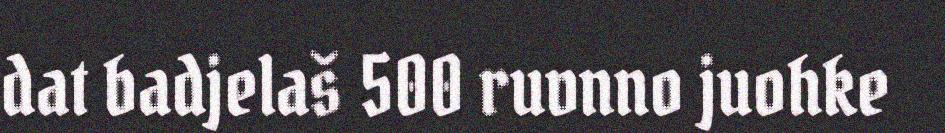
dat badjelaš 500 ruvnno juohke